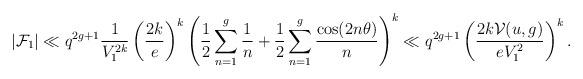
LaTeX: \begin{align*}|\mathcal{F}_1|& \ll q^{2g+1} \frac{1}{V_1^{2k}} \left( \frac{2k}{e} \right)^k \left( \frac{1}{2} \sum_{n=1}^g \frac{1}{n} + \frac{1}{2} \sum_{n=1}^g \frac{\cos(2n \theta)}{n} \right)^k \ll q^{2g+1} \left( \frac{2k \mathcal{V}(u,g)}{e V_1^2} \right)^k .\end{align*}